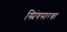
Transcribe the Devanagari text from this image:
स्प्रिंगसारखा